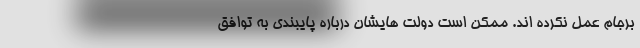
برجام عمل نکرده اند. ممکن است دولت هایشان درباره پایبندی به توافق